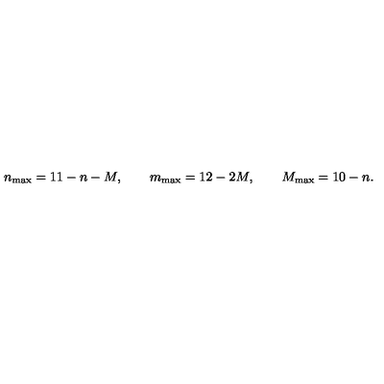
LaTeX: n _ { \mathrm { m a x } } = 1 1 - n - M , \qquad m _ { \mathrm { m a x } } = 1 2 - 2 M , \qquad M _ { \mathrm { m a x } } = 1 0 - n .